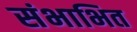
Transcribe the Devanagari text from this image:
संभाभित